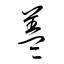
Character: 盖